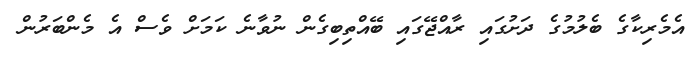
އެމެރިކާގެ ބެލުމުގެ ދަށުގައި ރާއްޖޭގައި ބޭއްތިބިގެން ނުވާނެ ކަމަށް ވެސް އެ މެންބަރުން